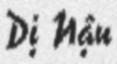
Dị Nậu